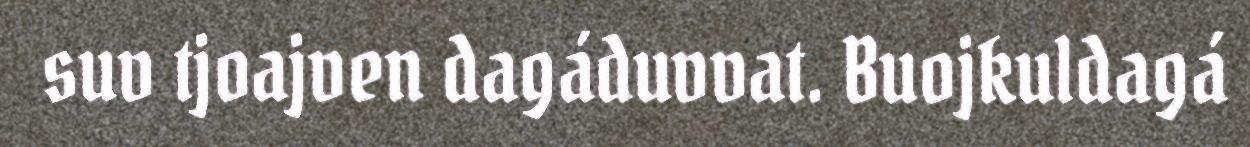
suv tjoajven dagáduvvat. Buojkuldagá